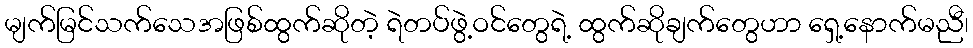
မျက်မြင်သက်သေအဖြစ်ထွက်ဆိုတဲ့ ရဲတပ်ဖွဲ့ဝင်တွေရဲ့ ထွက်ဆိုချက်တွေဟာ ရှေ့နောက်မညီ၊